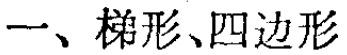
一、梯形、四边形